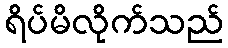
ရိပ်မိလိုက်သည်